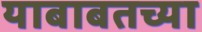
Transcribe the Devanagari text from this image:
याबाबतच्या